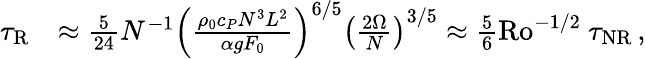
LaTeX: \begin{array}{rl}{\tau_{\mathrm{R}}}&{\approx\frac{5}{24}N^{-1}\left(\frac{\rho_{0}c_{P}N^{3}L^{2}}{\alpha gF_{0}}\right)^{6/5}\left(\frac{2\Omega}{N}\right)^{3/5}\approx\frac{5}{6}\mathrm{Ro}^{-1/2}~\tau_{\mathrm{NR}}\, ,}\end{array}